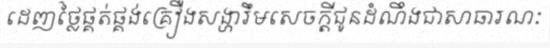
ដេញថ្លៃផ្គត់ផ្គង់គ្រឿងសង្ហារឹមសេចក្តីជូនដំណឹងជាសាធារណៈ